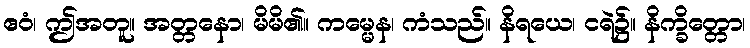
ဧဝံ၊ ဤအတူ။ အတ္တနော၊ မိမိ၏။ ကမ္မေန၊ ကံသည်။ နိရယေ၊ ငရဲ၌။ နိက္ခိတ္တော၊